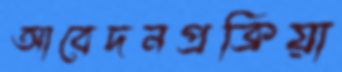
আবেদনপ্রক্রিয়া